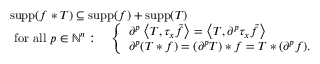
{ \begin{array} { r l } & { \operatorname { s u p p } ( f \ast T ) \subseteq \operatorname { s u p p } ( f ) + \operatorname { s u p p } ( T ) } \\ & { { \mathrm { ~ f o r ~ a l l ~ } } p \in \mathbb { N } ^ { n } : \quad { \left\{ \begin{array} { l l } { \partial ^ { p } \left\langle T , \tau _ { x } { \tilde { f } } \right\rangle = \left\langle T , \partial ^ { p } \tau _ { x } { \tilde { f } } \right\rangle } \\ { \partial ^ { p } ( T \ast f ) = ( \partial ^ { p } T ) \ast f = T \ast ( \partial ^ { p } f ) . } \end{array} \right. } } \end{array} }